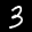
Label: 3